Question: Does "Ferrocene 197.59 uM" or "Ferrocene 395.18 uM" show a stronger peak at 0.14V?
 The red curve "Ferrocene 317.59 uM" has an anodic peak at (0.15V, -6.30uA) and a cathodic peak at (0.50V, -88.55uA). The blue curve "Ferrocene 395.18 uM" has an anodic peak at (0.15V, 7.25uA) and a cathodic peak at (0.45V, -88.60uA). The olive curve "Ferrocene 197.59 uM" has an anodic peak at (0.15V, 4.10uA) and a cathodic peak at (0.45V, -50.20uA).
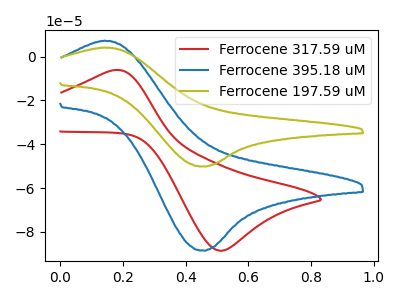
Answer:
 <answer>The peak at 0.14V is lower in "Ferrocene 197.59 uM" than in "Ferrocene 395.18 uM".</answer>
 <eval>lower</eval>